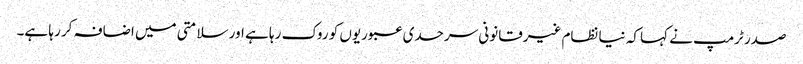
صدر ٹرمپ نے کہا کہ نیا نظام غیرقانونی سرحدی عبوریوں کو روک رہا ہے اور سلامتی میں اضافہ کر رہا ہے۔